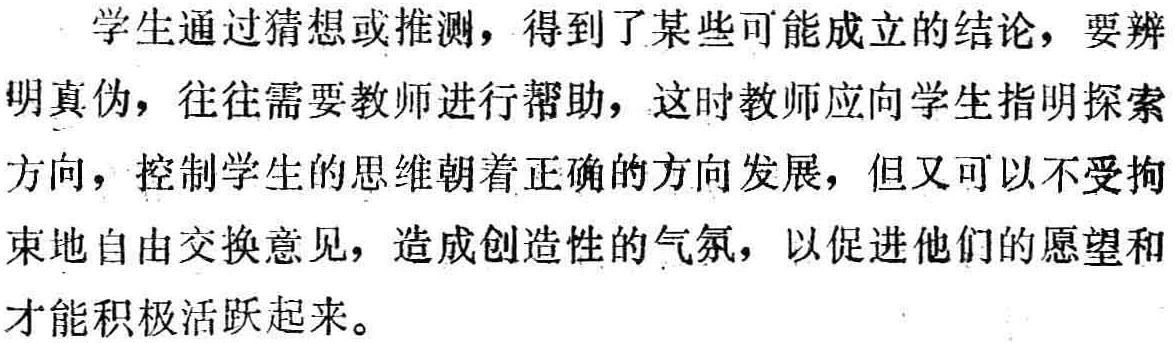
学生通过猜想或推测，得到了某些可能成立的结论，要辨明真伪，往往需要教师进行帮助，这时教师应向学生指明探索方向，控制学生的思维朝着正确的方向发展，但又可以不受拘束地自由交换意见，造成创造性的气氛，以促进他们的愿望和才能积极活跃起来。